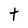
Character: t